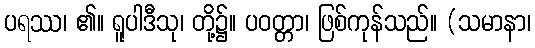
ပရဿ၊ ၏။ ရူပါဒီသု၊ တို့၌။ ပဝတ္တာ၊ ဖြစ်ကုန်သည်။ (သမာနာ၊